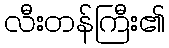
လီးတန်ကြီး၏